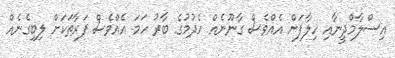
އިސްލާމްދީނާއި ހިލާފަށް އެއްވެސް ގާނޫނެއް ހެދުމުގެ ބާރު ހަމަ އެއްވެސް ފަރާތަކަށް ލިބިގެނެއް